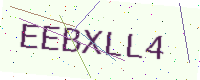
Text: EEBXLL4